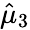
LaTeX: \hat{\mu}_{3}